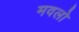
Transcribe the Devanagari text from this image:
मवलो